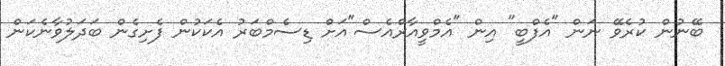
ބޭނުން ކުރެވޭ ނަން "އެފްބީ" އިން "އެމްވީއާރްއެސް"އަށް ޑިސެމްބަރު އެކަކުން ފެށިގެން ބަދަލުވާނެކަން